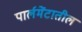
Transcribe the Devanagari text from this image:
पार्लमेंटातील